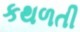
કથળતી